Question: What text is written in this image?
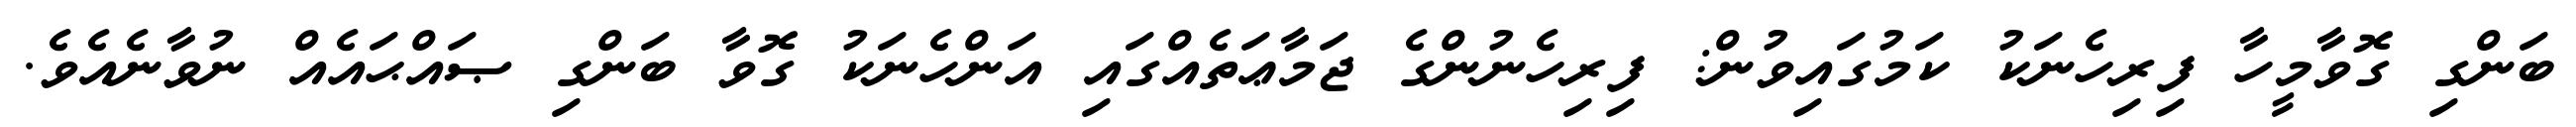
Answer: ބަންގި ގޮވާމީހާ ފިރިހެނަކު ކަމުގައިވުން: ފިރިހެނުންގެ ޖަމާޢަތެއްގައި އަންހެނަކު ގޮވާ ބަންގި ޞައްޙައެއް ނުވާނެއެވެ.